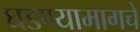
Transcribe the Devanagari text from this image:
घडण्यामागचे